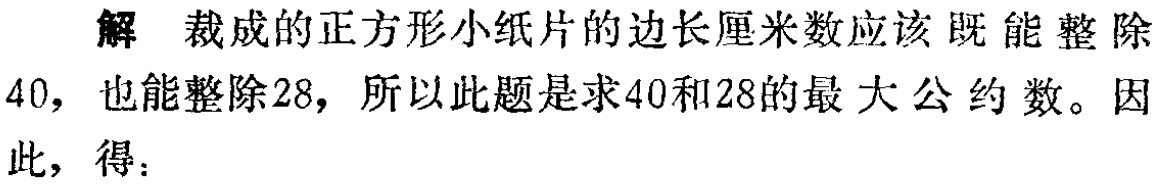
解 裁成的正方形小纸片的边长厘米数应该既能整除

40，也能整除28，所以此题是求40和28的最大公约数。因

此，得：